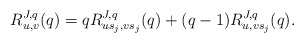
\begin{align*}R_{u,v}^{J,q}(q)=qR_{us_j,vs_j}^{J,q}(q)+(q-1)R_{u,vs_j}^{J,q}(q).\end{align*}